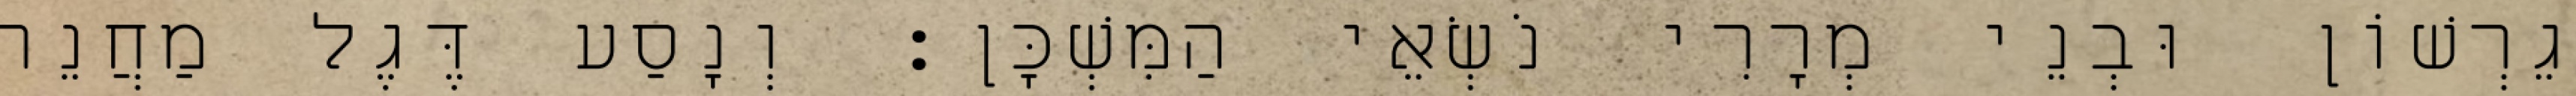
גֵרְשׁוֹן וּבְנֵי מְרָרִי נֹשְׂאֵי הַמִּשְׁכָּן׃ וְנָסַע דֶּגֶל מַחֲנֵה